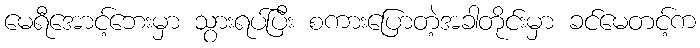
မေရီအောင့်ဘေးမှာ သွားရပ်ပြီး စကားပြောတဲ့အခါတိုင်းမှာ ခင်မေတင့်က